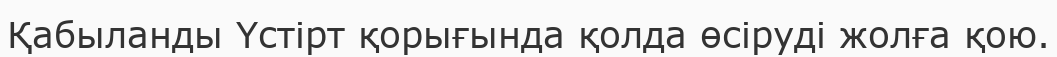
Қабыланды Үстірт қорығында қолда өсіруді жолға қою.